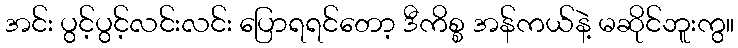
အင်း ပွင့်ပွင့်လင်းလင်း ပြောရရင်တော့ ဒီကိစ္စ အန်ကယ်နဲ့ မဆိုင်ဘူးကွ။